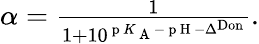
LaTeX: \begin{array}{r}{\alpha=\frac{1}{1+10^{\mathrm{~p~}K_{\mathrm{~A~}}-\mathrm{~p~H~}-\Delta^{\mathrm{Don}}}}.}\end{array}